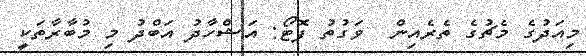
މިއަދުގެ މެޗުގެ ތެރެއިން  ވަގުތު ފޮޓޯ: އަޝްހާދު އަބްދު މި މުބާރާތަކީ